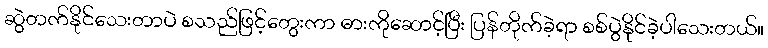
ဆွဲတက်နိုင်သေးတာပဲ စသည်ဖြင့်တွေးကာ ဓားကိုဆောင့်ပြီး ပြန်တိုက်ခဲ့ရာ စစ်ပွဲနိုင်ခဲ့ပါသေးတယ်။